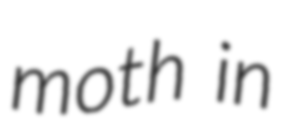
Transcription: moth in